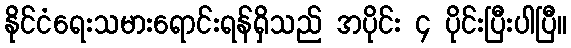
နိုင်ငံရေးသမားရောင်းရန်ရှိသည် အပိုင်း ၄ ပိုင်းပြီးပါပြီ။